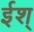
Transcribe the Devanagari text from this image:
ईश्